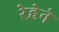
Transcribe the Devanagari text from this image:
रेहेने